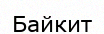
Байкит